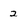
Character: 2